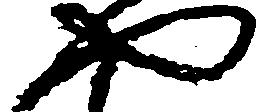
や